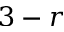
3 - r